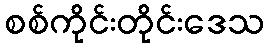
စစ်ကိုင်းတိုင်းဒေသ